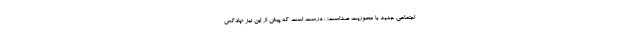
اجتماعی جدید با محوریت صداست؛ . درست است که پیش از این نیز «پادکس